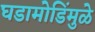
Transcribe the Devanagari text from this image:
घडामोडिंमुळे